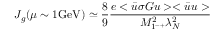
J _ { g } ( \mu \sim 1 \mathrm { G e V } ) \simeq { \frac { 8 } { 9 } } { \frac { e < \bar { u } \sigma G u > < \bar { u } u > } { M _ { 1 ^ { - + } } ^ { 2 } \lambda _ { N } ^ { 2 } } }